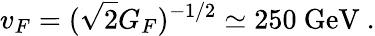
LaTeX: v_{F}=(\sqrt{2}G_{F})^{-1/2}\simeq 250~\mathrm{GeV}~.